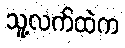
သူ့လက်ထဲက